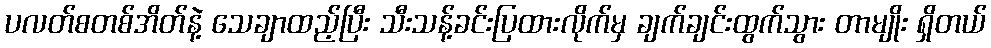
ပလတ်စတစ်အိတ်နဲ့ သေချာထည့်ပြီး သီးသန့်ခင်းပြထားလိုက်မှ ချက်ချင်းထွက်သွား တာမျိုး ရှိတယ်